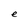
Character: e